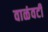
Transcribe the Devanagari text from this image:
वाळंवटी